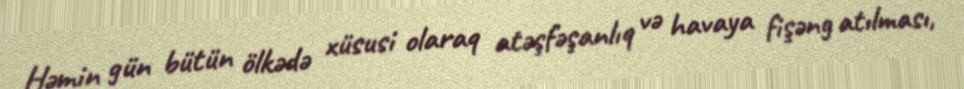
Həmin gün bütün ölkədə xüsusi olaraq atəşfəşanlıq və havaya fişəng atılması,